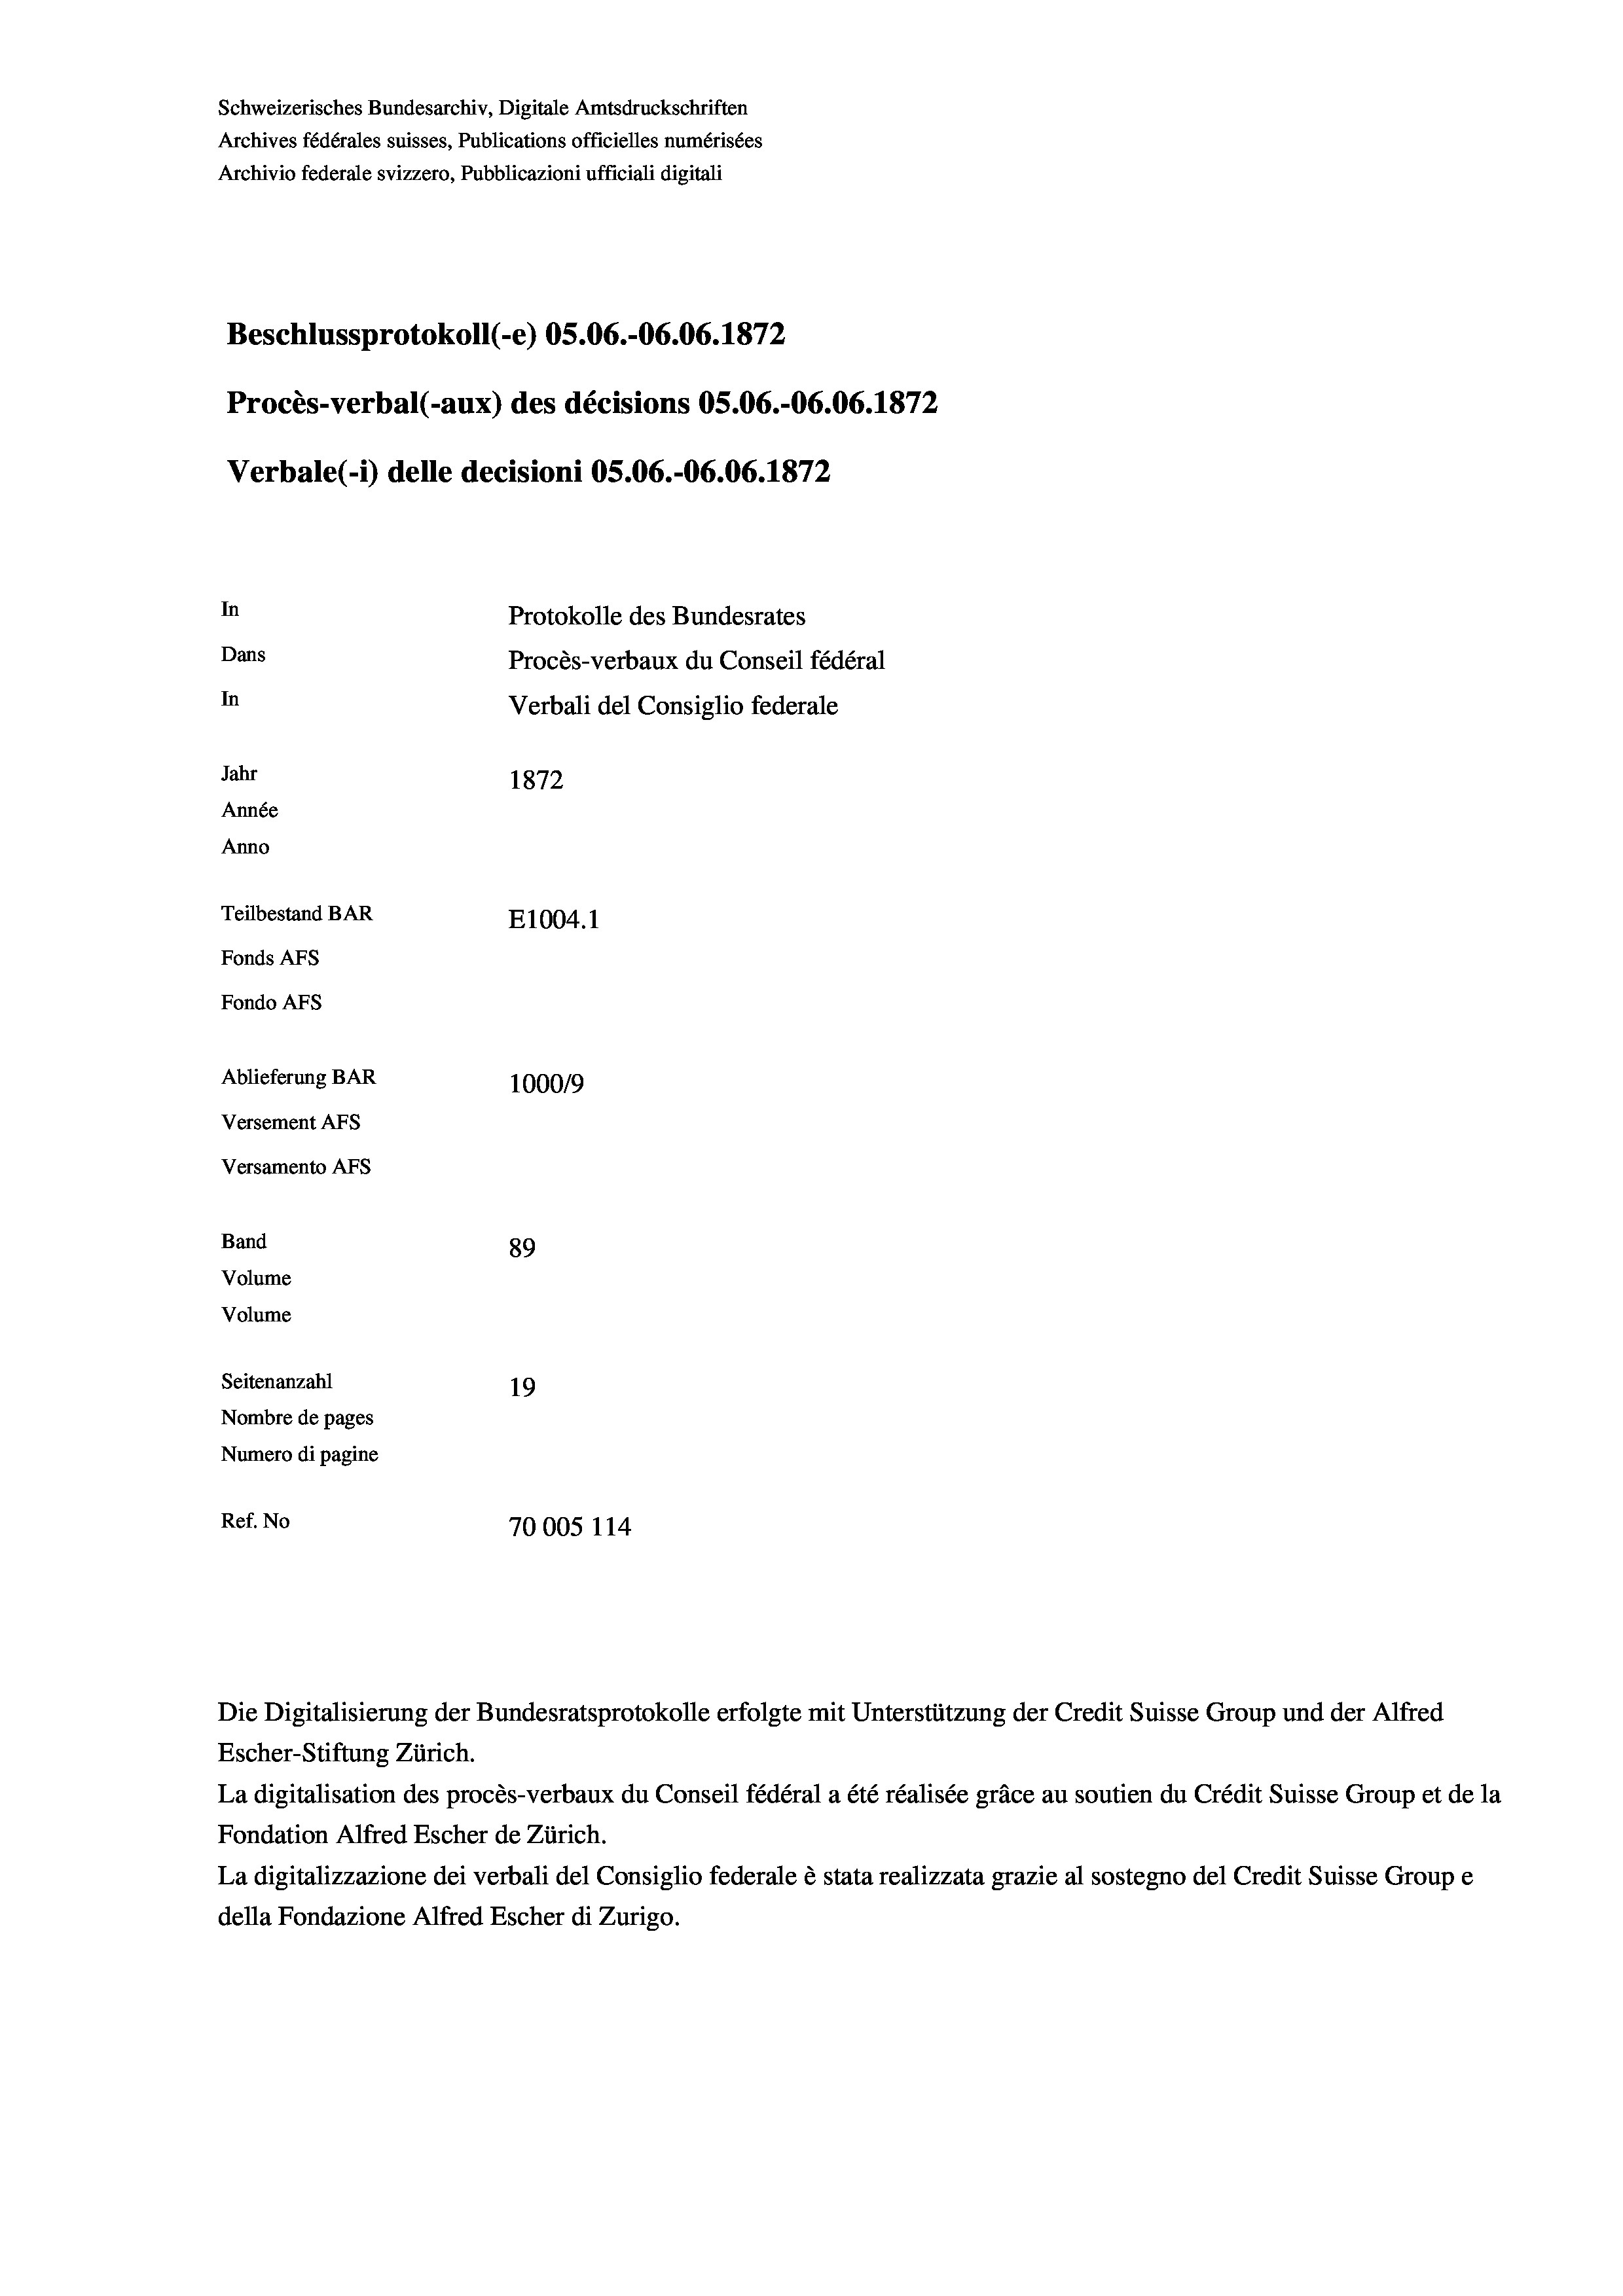
Schweizerisches Bundesarchiv, Digitale Amtsdruckschriften
Archives fédérales suisses, Publications officielles numérisées
Archivio federale svizzero, Pubblicazioni ufficiali digitali
Beschlussprotokoll (-e) OS.06.-O6.06. 1872
Procès-verbal (-aux) des décisions OS.06.-06.06. 1872
Verbale (- 1) delle decisioni OS.06.-06.06. 1872
In
Protokolle des Bundesrates
Dans
Procès-verbaux du Conseil fédéral
In
Verbali del Consiglio federale
Jahr
1872
Année
Anno
Teilbestand BAR
E1004. 1
Fonds Afs
Fondo Afs
Ablieferung BAR
1000/9
Versement AFs
Versamento AFs
Band
89
Volume
Volume
Seitenanzahl
19
Nombre de pages
Numero di pagine

Ref. No
70005 114

Die Digitalisierung der Bundesratsprotokolle erfolgte mit Unterstützung der Credit Suisse Group und der Alfred

Escher-Stiftung Zürich.
La digitalisation des procès-verbaux du Conseil fédéral a été réalisée gräce au soutien du Crédit Suisse Group et de la
Fondation Alfred Escher de Zürich.
La digitalizzazione dei verbali del Consiglio federale è stata realizzata grazie al sostegno del Credit Suisse Groupe
della Fondazione Alfred Escher di Zurigo.